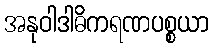
အနုဝါဒါဓိကရဏပစ္စယာ